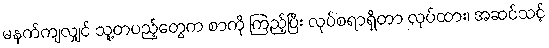
မနက်ကျလျှင် သူ့တပည့်တွေက စာကို ကြည့်ပြီး လုပ်စရာရှိတာ လုပ်ထား၊ အဆင်သင့်